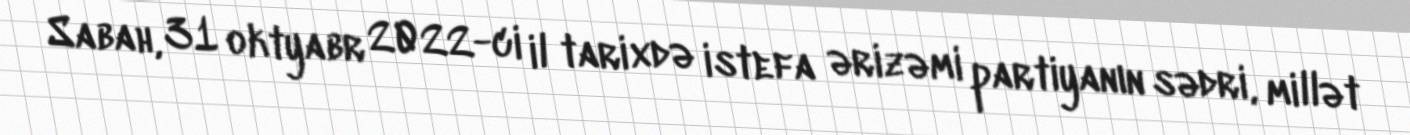
Sabah, 31 oktyabr 2022-ci il tarixdə istefa ərizəmi partiyanın sədri, millət